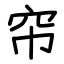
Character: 帘